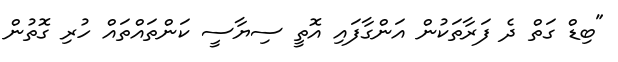
"ބިޑް ގަތް ދެ ފަރާތަކުން އަންގާފައި އޮތީ ސިޔާސީ ކަންތައްތައް ހުރި ގޮތުން